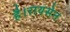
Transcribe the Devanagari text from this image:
है।रायसेन